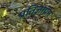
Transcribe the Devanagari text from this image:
प्रतिज्ञापन